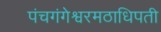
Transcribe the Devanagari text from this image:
पंचगंगेश्वरमठाधिपती